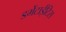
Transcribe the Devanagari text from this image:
डर्मेटाईटिस